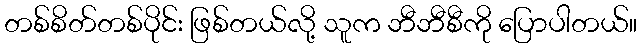
တစ်စိတ်တစ်ပိုင်း ဖြစ်တယ်လို့ သူက ဘီဘီစီကို ပြောပါတယ်။